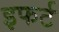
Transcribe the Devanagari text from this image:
इफर्ट